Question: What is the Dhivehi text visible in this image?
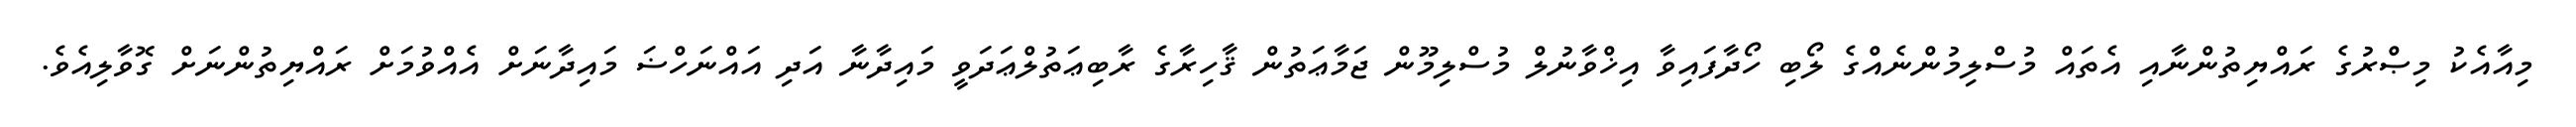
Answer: މިއާއެކު މިޞްރުގެ ރައްޔިތުންނާއި އެތައް މުސްލިމުންނެއްގެ ލޯބި ހޯދާފައިވާ އިޚްވާނުލް މުސްލިމޫން ޖަމާޢަތުން ޤާހިރާގެ ރާބިޢަތުލްޢަދަވީ މައިދާނާ އަދި އައްނަހްޟަ މައިދާނަށް އެއްވުމަށް ރައްޔިތުންނަށް ގޮވާލިއެވެ.